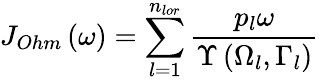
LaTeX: {{J}_{Ohm}}\left(\omega\right)=\sum_{l=1}^{{{n}_{lor}}}{\frac{{{p}_{l}}\omega}{\Upsilon\left({{\Omega}_{l}},{{\Gamma}_{l}}\right)}}